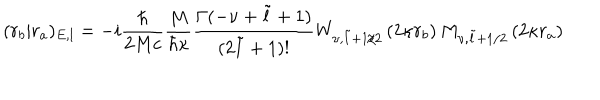
( r _ { b } | r _ { a } ) _ { E , l } = - i \frac { \hbar } { 2 M c } \frac { M } { \hbar \kappa } \frac { \Gamma ( - \nu + \tilde { l } + 1 ) } { ( 2 \tilde { l } + 1 ) ! } W _ { \nu , \tilde { l } + 1 / 2 } \left( 2 \kappa r _ { b } \right) M _ { \nu , \tilde { l } + 1 / 2 } \left( 2 \kappa r _ { a } \right)